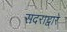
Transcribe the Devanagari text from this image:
सदराद्वारे